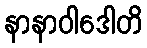
နာနာဝါဒေါတိ